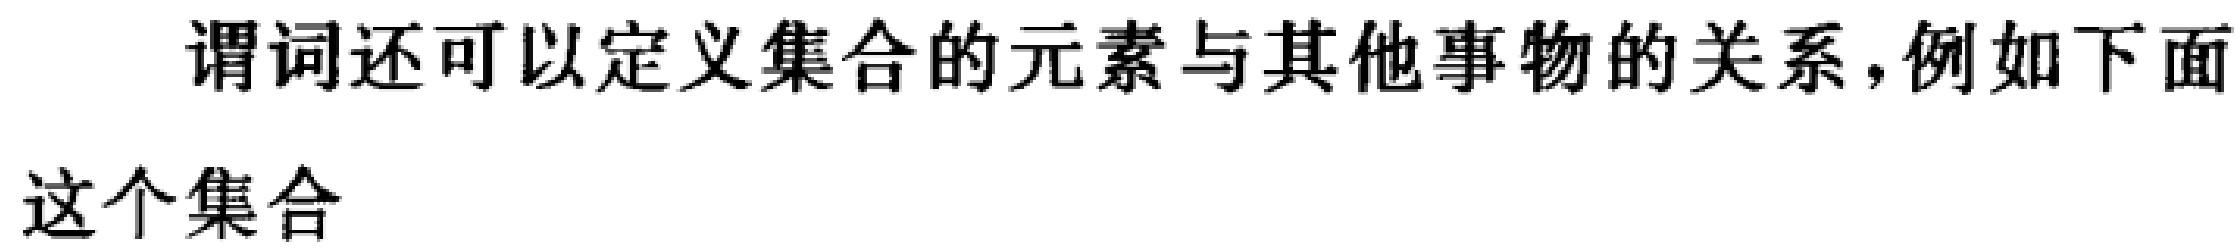
谓词还可以定义集合的元素与其他事物的关系,例如下面

这个集合